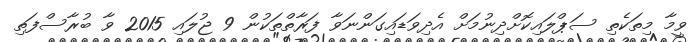
ވީމާ މިތަކެތި ސަޕްލައިކޮށްދިނުމަށް އެދިވަޑައިގަންނަވާ ފަރާތްތަކުން 9 ޖުލައި 2015 ވާ ބުރާސްފަތި